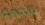
بالجهة